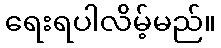
ရေးရပါလိမ့်မည်။